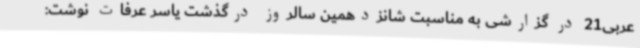
عربی21 در گزارشی به مناسبت شانزدهمین سالروز درگذشت یاسر عرفات نوشت: